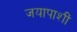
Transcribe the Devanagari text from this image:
जयापाशीं